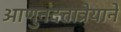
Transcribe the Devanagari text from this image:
आणुनदत्तात्रेयानें